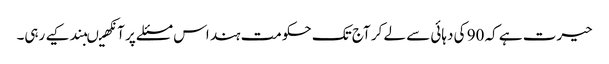
حیرت ہے کہ 90 کی دہائی سے لے کر آج تک حکومت ہند اس مسئلے پر آنکھیںبند کیے رہی۔